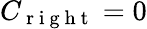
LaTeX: C_{\mathrm{~r~i~g~h~t~}}=0